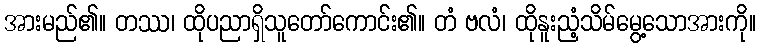
အားမည်၏။ တဿ၊ ထိုပညာရှိသူတော်ကောင်း၏။ တံ ဗလံ၊ ထိုနူးညံ့သိမ်မွေ့သောအားကို။